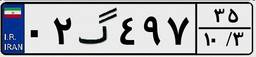
۰۲گ۴۹۷۳۵